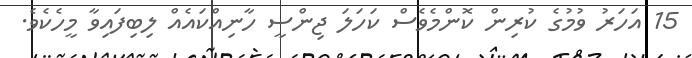
15 އަހަރު ވުމުގެ ކުރިން ކޮންމެވެސް ކަހަލަ ޖިންސީ ހާނިއްކައެއް ލިބިފައިވާ މީހެކެވެ.